Medical and sanitary report of the native army of Bengal for the year
Year: 1875
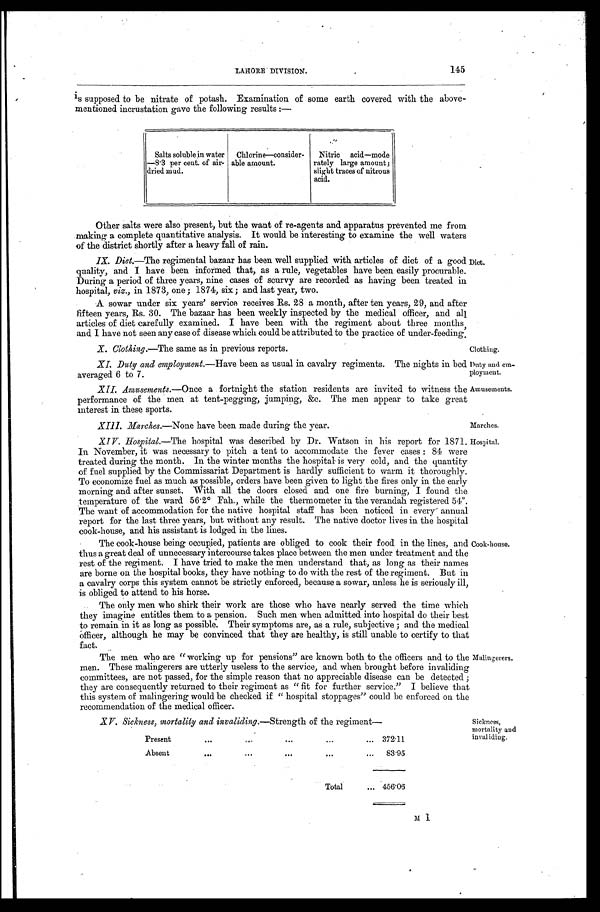
Duty and em-
ployment.
Amusements.
145
LAHORE DIVISION.
is supposed to be nitrate of potash. Examination of some earth covered with the above-
mentioned incrustation gave the following results:—
Salts soluble in water
—8.3 per cent. of air-
dried mud.
Chlorine—consider-
able amount.
Nitric acid—mode
rately large amount ;
slight traces of nitrous
acid.
Other salts were also present, but the want of re-agents and apparatus prevented me from
making a complete quantitative analysis. It would be interesting to examine the well waters
of the district shortly after a heavy fall of rain.
IX. Diet.—The regimental bazaar has been well supplied with articles of diet of a good
quality, and I have been informed that, as a rule, vegetables have been easily procurable.
During a period of three years, nine cases of scurvy are recorded as having been treated in
hospital, viz., in 1873, one ; 1874, six ; and last year, two.
A sowar under six years' service receives Rs. 28 a month, after ten years, 29, and after
fifteen years, Rs. 30. The bazaar has been weekly inspected by the medical officer, and all
articles of diet carefully examined. I have been with the regiment about three months,
and I have not seen any case of disease which could be attributed to the practice of under-feeding.
Diet.
X. Clothing.—The same as in previous reports.
Clothing.
XI. Duty and employment.— Have been as usual in cavalry regiments. The nights in bed
averaged 6 to 7.
XII. Amusements.— Once a fortnight the station residents are invited to witness the
performance of the men at tent-pegging, jumping, &c. The men appear to take great
interest in these sports.
XIII. Marches.—None have been made during the year.
Marches.
XIV. Hospital.—The hospital was described by Dr. Watson in his report for 1871.
In November, it was necessary to pitch a tent to accommodate the fever cases : 84 were
treated during the month. In the winter months the hospital is very cold, and the quantity
of fuel supplied by the Commissariat Department is hardly sufficient to warm it thoroughly.
To economize fuel as much as possible, orders have been given to light the fires only in the early
morning and after sunset. With all the doors closed and one fire burning, I found the
temperature of the ward 56.2° Fah., while the thermometer in the verandah registered 54°.
The want of accommodation for the native hospital staff has been noticed in every' annual
report for the last three years, but without any result. The native doctor lives in the hospital
cook-house. and his assistant is lodged in the lines.
Hospital.
The cook-house being occupied, patients are obliged to cook their food in the lines, and
thus a great deal of unnecessary intercourse takes place between the men under treatment and the
rest of the regiment. I have tried to make the men understand that, as long as their names
are borne on the hospital books, they have nothing to do with the rest of the regiment. But in
a cavalry corps this system cannot be strictly enforced, because a sowar, unless he is seriously ill,
is obliged to attend to his horse.
The only men who shirk their work are those who have nearly served the time which
they imagine entitles them to a pension. Such men when admitted into hospital do their best
to remain in it as long as possible. Their symptoms are, as a rule, subjective ; and the medical
officer, although he may be convinced that they are healthy, is still unable to certify to that
fact.
Cook-house.
The men who are "working up for pensions" are known both to the officers and to the
men. These malingerers are utterly useless to the service, and when brought before invaliding
committees, are not passed, for the simple reason that no appreciable disease can be detected ;
they are consequently returned to their regiment as " fit for further service." I believe that
this system of malingering would be checked if " hospital stoppages" could be enforced on the
recommendation of the medical officer.
Malingerers.
XV: Sickness, mortality and invaliding.—Strength of the regiment—
Present
.
.
. 372.11
Absent
.
.
.
83.95
Total . . . 456.06
Sickness,
mortality and
invaliding.
M 1